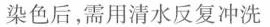
染色后，需用清水反复冲洗